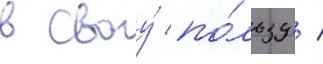
в своу́ по́льзу /